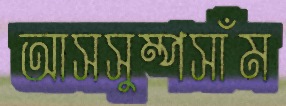
আসসুম্পসাঁম